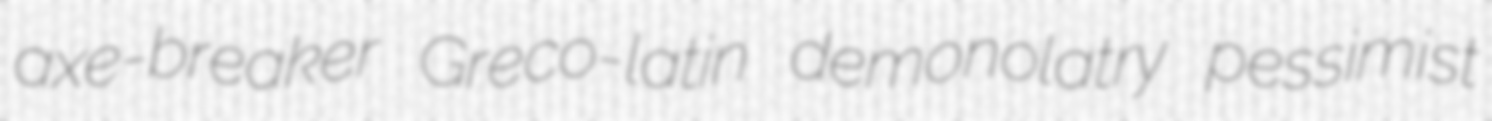
axe-breaker Greco-latin demonolatry pessimist